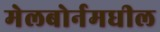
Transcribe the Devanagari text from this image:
मेलबोर्नमधील